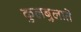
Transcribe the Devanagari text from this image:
कुलबुलाते